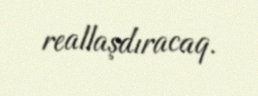
reallaşdıracaq.